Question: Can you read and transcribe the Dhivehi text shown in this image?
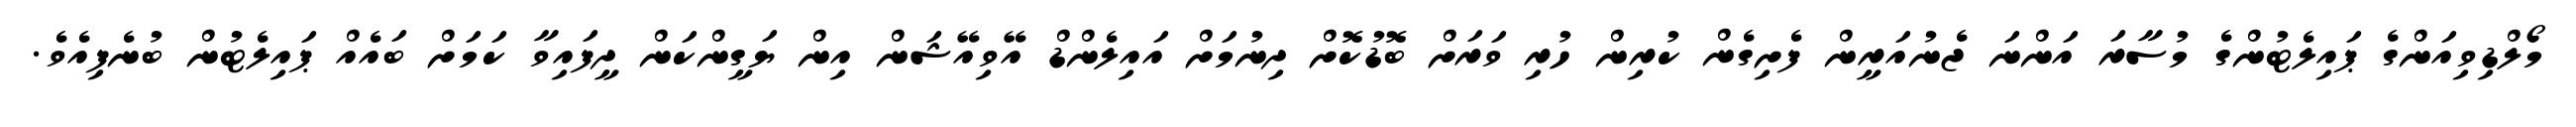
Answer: މޯލްޑިވިއަންގެ ޕައިލެޓުންގެ މުސާރަ އަންނަ ޖެނުއަރީން ފެށިގެން ކުރިން ހުރި ވަރަށް ބޮޑުކޮށް ދިނުމަށް އައިލެންޑް އޭވިއޭޝަން އިން ޔަގީންކަން ދީފައިވާ ކަމަށް ބައެއް ޕައިލެޓުން ބުނެފިއެވެ.